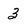
Character: 3